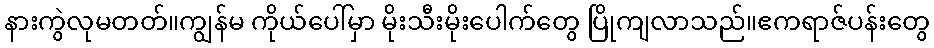
နားကွဲလုမတတ်။ကျွန်မ ကိုယ်ပေါ်မှာ မိုးသီးမိုးပေါက်တွေ ပြိုကျလာသည်။ဧကရာဇ်ပန်းတွေ